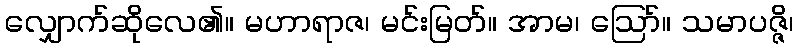
လျှောက်ဆိုလေ၏။ မဟာရာဇ၊ မင်းမြတ်။ အာမ၊ ဩော်။ သမာပဇ္ဇိ၊